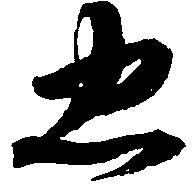
忠